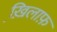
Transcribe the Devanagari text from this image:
ख़ि़लाफ़